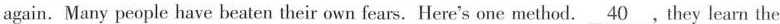
again. Many people have beaten their own fears. Here's one method.\underline{40} ,they learn the